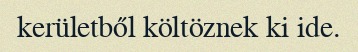
kerületből költöznek ki ide.